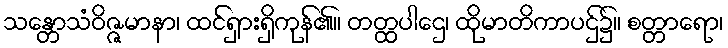
သန္တောသံဝိဇ္ဇမာနာ၊ ထင်ရှားရှိကုန်၏။ တတ္ထပါဌေ၊ ထိုမာတိကာပဌ်၌။ စတ္တာရော၊